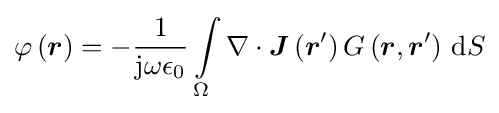
\varphi \left({\boldsymbol {r}}\right)=-{\frac {1}{\mathrm {j} \omega \epsilon _{0}}}\int \limits _{\Omega }\nabla \cdot {\boldsymbol {J}}\left({\boldsymbol {r}}'\right)G\left({\boldsymbol {r}},{\boldsymbol {r}}'\right)\,\mathrm {d} S